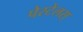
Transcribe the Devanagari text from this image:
पेस्टेलस्